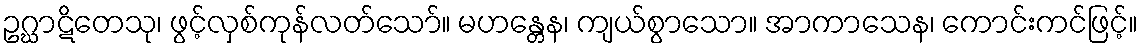
ဥဂ္ဃာဋိတေသု၊ ဖွင့်လှစ်ကုန်လတ်သော်။ မဟန္တေန၊ ကျယ်စွာသော။ အာကာသေန၊ ကောင်းကင်ဖြင့်။